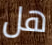
هل